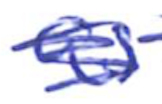
Text: as
Cross-out: scratch
Writing tool: ballpoint